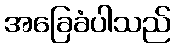
အခြေခံပါသည်